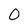
Character: 0